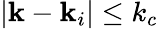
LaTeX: |\mathbf{k}-\mathbf{k}_{i}|\leq k_{c}